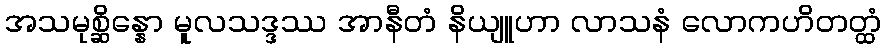
အသမုစ္ဆိန္နော မူလသဒ္ဒဿ အာနီတံ နိယျူဟာ လာသနံ လောကဟိတတ္ထံ